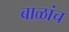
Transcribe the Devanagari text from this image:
बाळांच